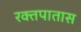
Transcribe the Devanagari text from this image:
रक्तपातास